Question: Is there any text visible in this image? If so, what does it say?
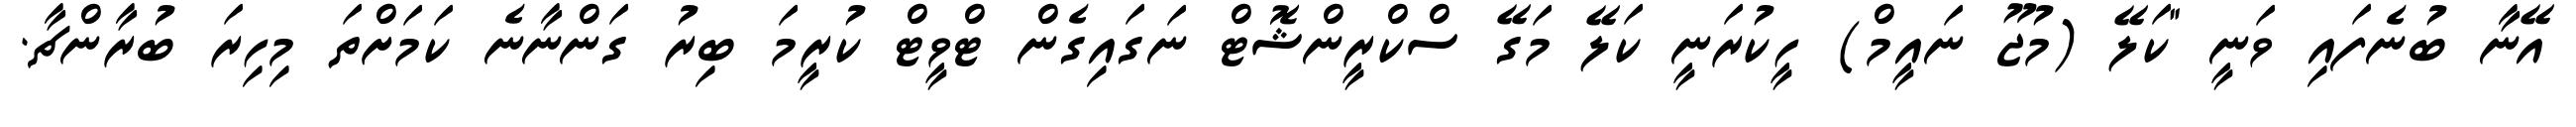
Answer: އޭނާ ބުނެފައި ވަނީ "ކަލޭ (މުޖޫ ނައީމް) ހީކުރަނީ ކަލޭ މަގޭ ސްކްރީންޝޮޓް ނަގައިގެން ޓްވީޓް ކުރީމަ ބިރު ގަންނާނެ ކަމަށްތަ މިހިރަ ބުރާންޗާ.